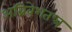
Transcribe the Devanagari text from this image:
अग्निवेशतन्त्र